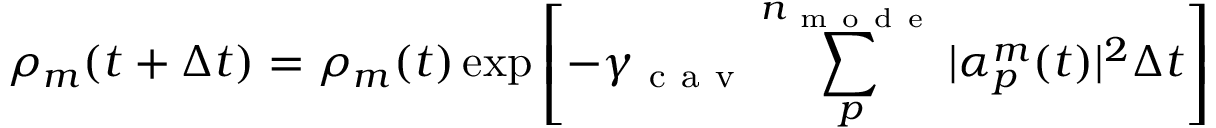
\rho _ { m } ( t + \Delta t ) = \rho _ { m } ( t ) \exp \left[ - \gamma _ { \mathrm { ~ c ~ a ~ v ~ } } \sum _ { p } ^ { n _ { \mathrm { ~ m ~ o ~ d ~ e ~ } } } | \alpha _ { p } ^ { m } ( t ) | ^ { 2 } \Delta t \right]